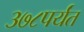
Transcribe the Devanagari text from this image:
३७८पर्यंत